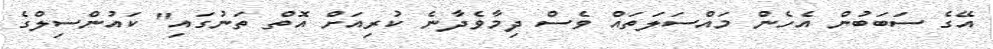
އޭގެ ސަބަބުން އެހެން މައްސަލަތައް ވެސް ދިމާވެދާނެ ކުރިއަށް އޮތް ތަނުގައި" ކައުންސިލްގެ